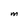
Character: m